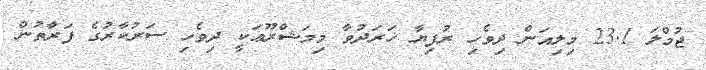
ޖުމްލަ 23.1 މިލިއަން ދިވެހި ރުފިޔާ ޚަރަދުވާ މިމަޝްރޫޢަކީ ދިވެހި ސަރުކާރުގެ ފަރާތުން